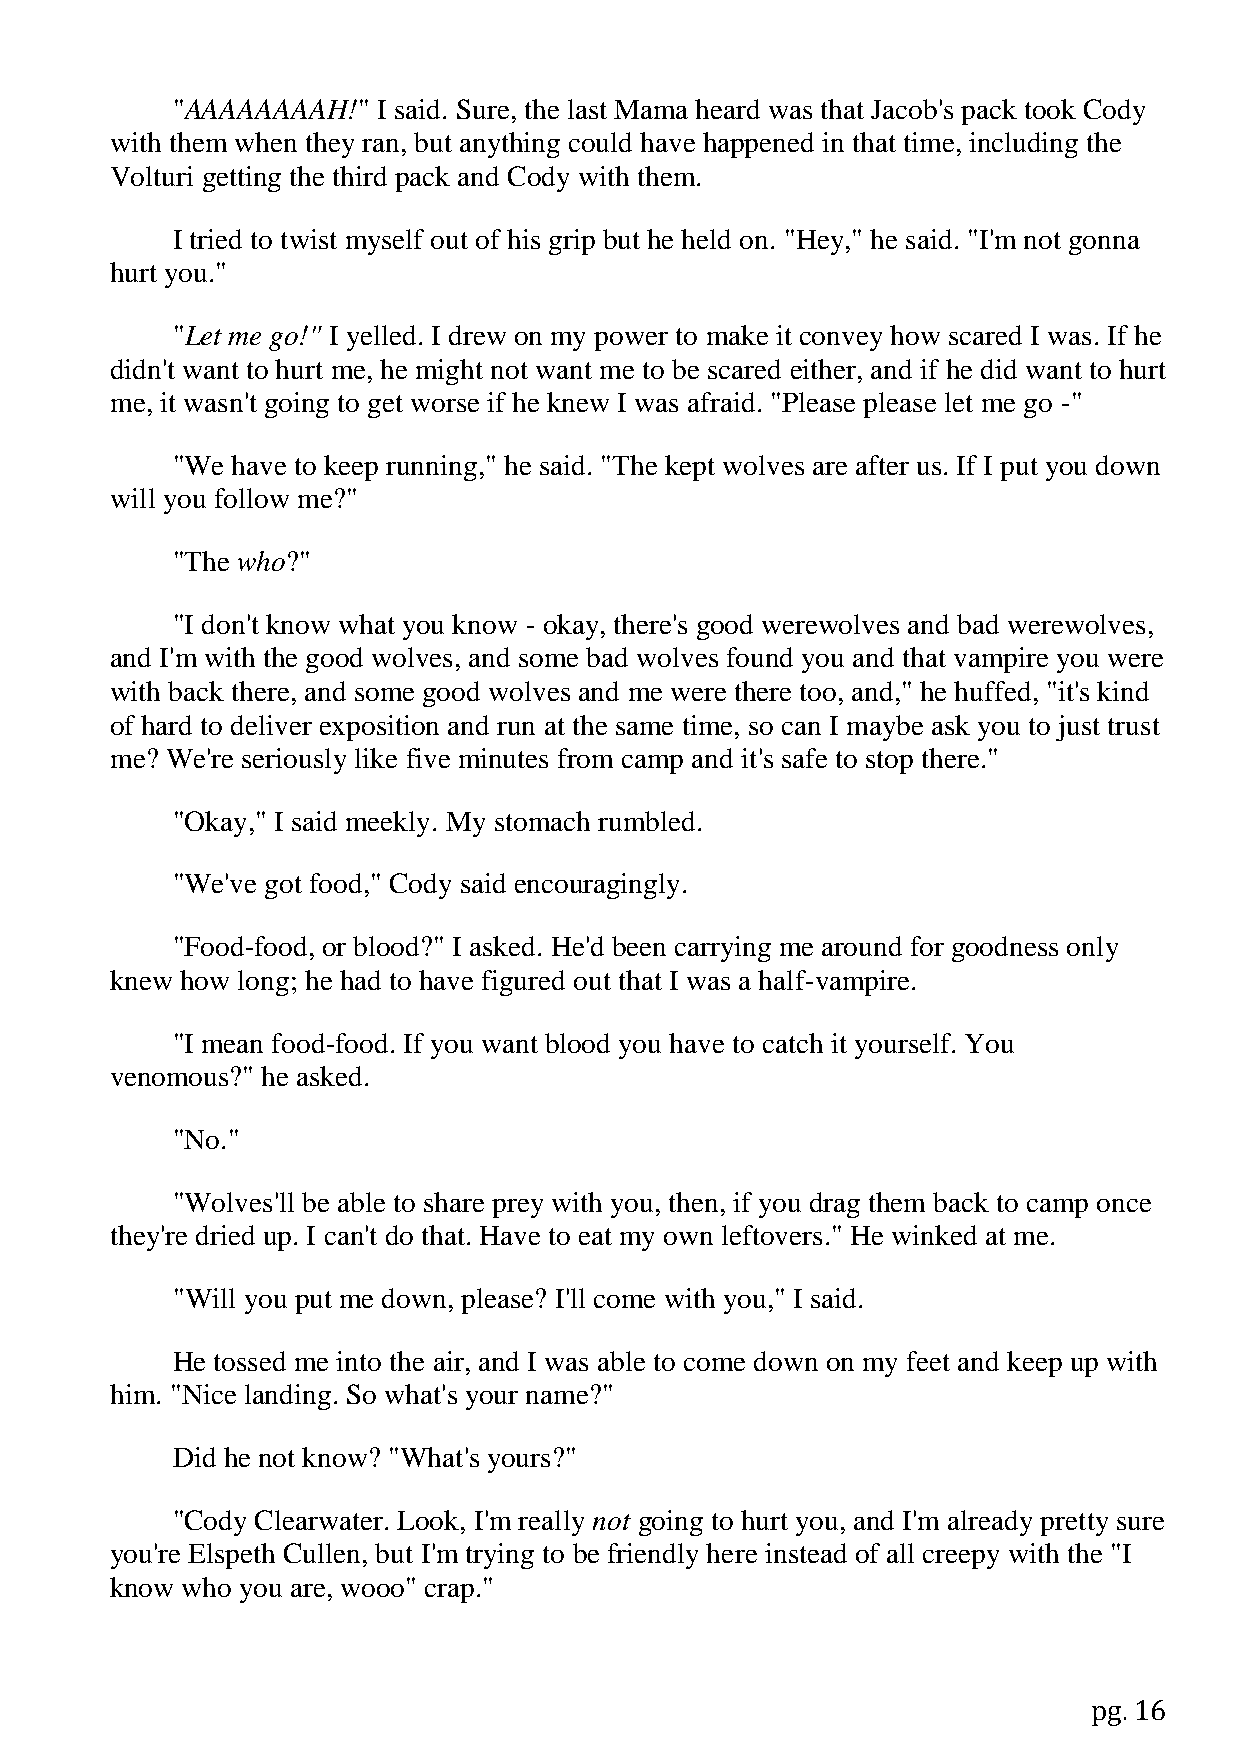
"AAAAAAAAH!"  I said. Sure, the last Mama heard was that Jacob's pack took Cody
 with them when they ran, but anything could have happened in that time, including the
 Volturi getting the third pack and Cody with them.
 I tried to twist myself out of his grip but he held on. "Hey," he said. "I'm not gonna
 hurt you."
 "Let me go!" I yelled. I drew on my power to make it convey how scared I was. If he
 didn't want to hurt me, he might not want me to be scared either, and if he did want to hurt
 me, it wasn't going to get worse if he knew I was afraid. "Please please let me go -"
 "We have to keep running," he said. "The kept wolves are after us. If I put you down
 will you follow me?"
 "The who?"
 "I don't know what you know - okay, there's good werewolves and bad werewolves,
 and I'm with the good wolves, and some bad wolves found you and that vampire you were
 with back there, and some good wolves and me were there too, and," he huffed, "it's kind
 of hard to deliver exposition and run at the same time, so can I maybe ask you to just trust
 me? We're seriously like five minutes from camp and it's safe to stop there."
 "Okay," I said meekly. My stomach rumbled.
 "We've got food," Cody said encouragingly.
 "Food-food, or blood?" I asked. He'd been carrying me around for goodness only
 knew how long; he had to have figured out that I was a half-vampire.
 "I mean food-food. If you want blood you have to catch it yourself. You
 venomous?" he asked.
 "No."
 "Wolves'll be able to share prey with you, then, if you drag them back to camp once
 they're dried up. I can't do that. Have to eat my own leftovers." He winked at me.
 "Will you put me down, please? I'll come with you," I said.
 He tossed me into the air, and I was able to come down on my feet and keep up with
 him. "Nice landing. So what's your name?"
 Did he not know? "What's yours?"
 "Cody Clearwater. Look, I'm really not going to hurt you, and I'm already pretty sure
 you're Elspeth Cullen, but I'm trying to be friendly here instead of all creepy with the "I
 know who you are, wooo" crap."
 pg. 16